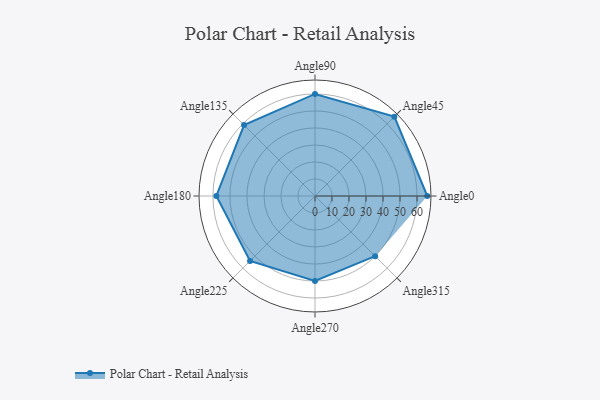
{"axis": {"x": "Angle", "y": "Radius"}, "legend": [""], "data": [{"x": "Angle0", "y": 66.0, "type": ""}, {"x": "Angle45", "y": 66.0, "type": ""}, {"x": "Angle90", "y": 60.0, "type": ""}, {"x": "Angle135", "y": 59.0, "type": ""}, {"x": "Angle180", "y": 58.0, "type": ""}, {"x": "Angle225", "y": 54.0, "type": ""}, {"x": "Angle270", "y": 50, "type": ""}, {"x": "Angle315", "y": 50, "type": ""}]}